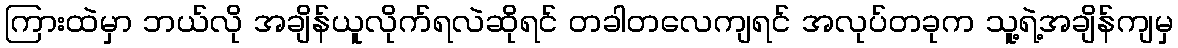
ကြားထဲမှာ ဘယ်လို အချိန်ယူလိုက်ရလဲဆိုရင် တခါတလေကျရင် အလုပ်တခုက သူ့ရဲ့အချိန်ကျမှ